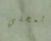
المحلي